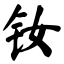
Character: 钕